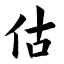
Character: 估